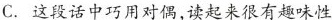
C. 这段话中巧用对偶，读起来很有趣味性